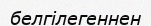
белгілегеннен